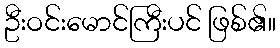
ဦးဝင်းမောင်ကြီးပင် ဖြစ်၏။